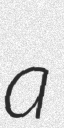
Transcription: a